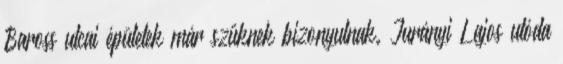
Baross utcai épületek már szűknek bizonyulnak. Jurányi Lajos utóda